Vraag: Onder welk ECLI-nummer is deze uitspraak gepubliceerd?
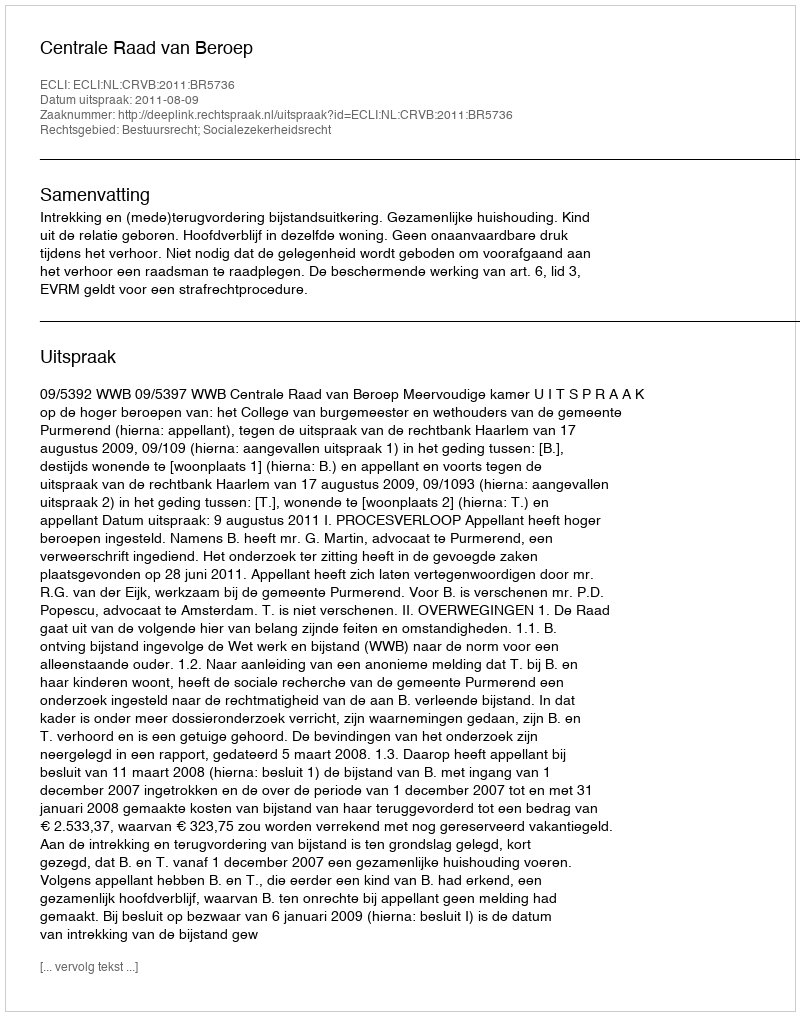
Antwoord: ECLI:NL:CRVB:2011:BR5736